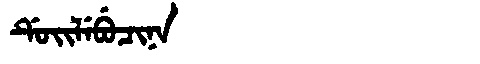
Manchu: ᡩᡠᡳᠯᡝᠪᡠᠴᡳᠨᠠ
Romanization: DUILEBUCINA